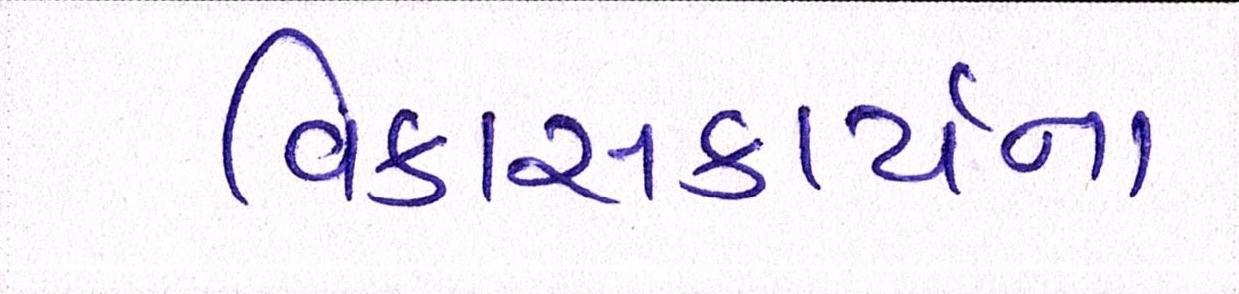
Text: વિકાસકાર્યના